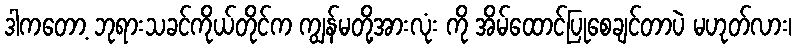
ဒါကတော့ ဘုရားသခင်ကိုယ်တိုင်က ကျွန်မတို့အားလုံး ကို အိမ်ထောင်ပြုစေချင်တာပဲ မဟုတ်လား၊